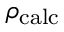
\rho _ { \mathrm { c a l c } }